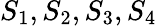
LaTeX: S_{1},S_{2},S_{3},S_{4}